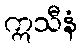
ဣသီနံ